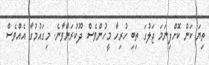
ތިޔަ ކަން ކޮށްފިނަމަ ޖަލުގަ ތިބި ހުރިހާ މީހުންވެސް ދޫކުރަންވާނެ. މިގައުމުގާ އެއްވެސް